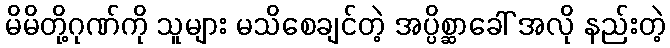
မိမိတို့ဂုဏ်ကို သူများ မသိစေချင်တဲ့ အပ္ပိစ္ဆာခေါ် အလို နည်းတဲ့